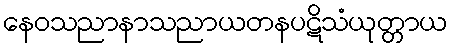
နေဝသညာနာသညာယတနပဋိသံယုတ္တာယ